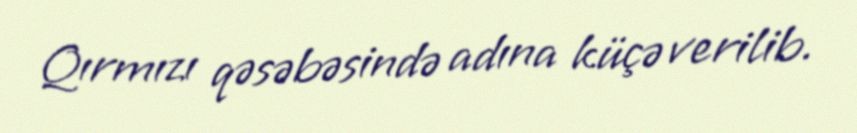
Qırmızı qəsəbəsində adına küçə verilib.